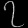
Digit: ၇